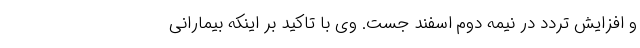
و افزایش تردد در نیمه دوم اسفند جست. وی با تاکید بر اینکه بیمارانی